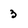
Character: 3